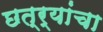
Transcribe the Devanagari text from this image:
छत्र्यांचा